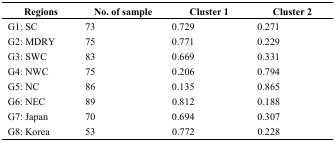
| Regions | No. of sample | Cluster 1 | Cluster 2 |
 | --- | --- | --- | --- |
 | G1: SC | 73 | 0.729 | 0.271 |
 | G2: MDRY | 75 | 0.771 | 0.229 |
 | G3: SWC | 83 | 0.669 | 0.331 |
 | G4: NWC | 75 | 0.206 | 0.794 |
 | G5: NC | 86 | 0.135 | 0.865 |
 | G6: NEC | 89 | 0.812 | 0.188 |
 | G7: Japan | 70 | 0.694 | 0.307 |
 | G8: Korea | 53 | 0.772 | 0.228 |